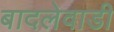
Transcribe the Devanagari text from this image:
बादलेवाडी